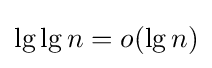
\lg \lg n=o(\lg n)